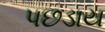
પછડાય